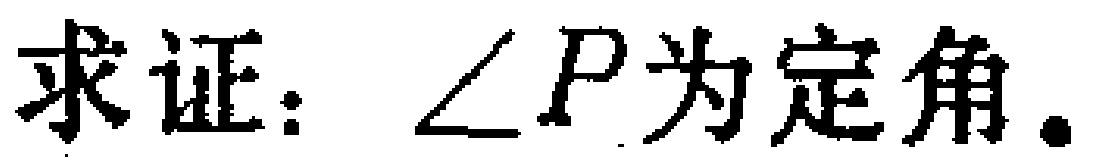
求证：\(\angle P\)为定角.